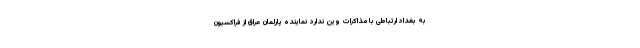
به بغداد ارتباطی با مذاکرات وین ندارد نماینده پارلمان عراق از فراکسیون